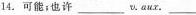
14. 可能；也许 ___v. aux. ___